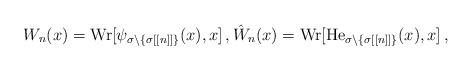
LaTeX: \begin{align*}W_n(x)={\rm Wr}[\psi_{\sigma\setminus \{\sigma[[n]]\}}(x),x]\,,\hat W_n(x)={\rm Wr}[\mathrm{He}_{\sigma\setminus \{\sigma[[n]]\}}(x),x]\,,\end{align*}